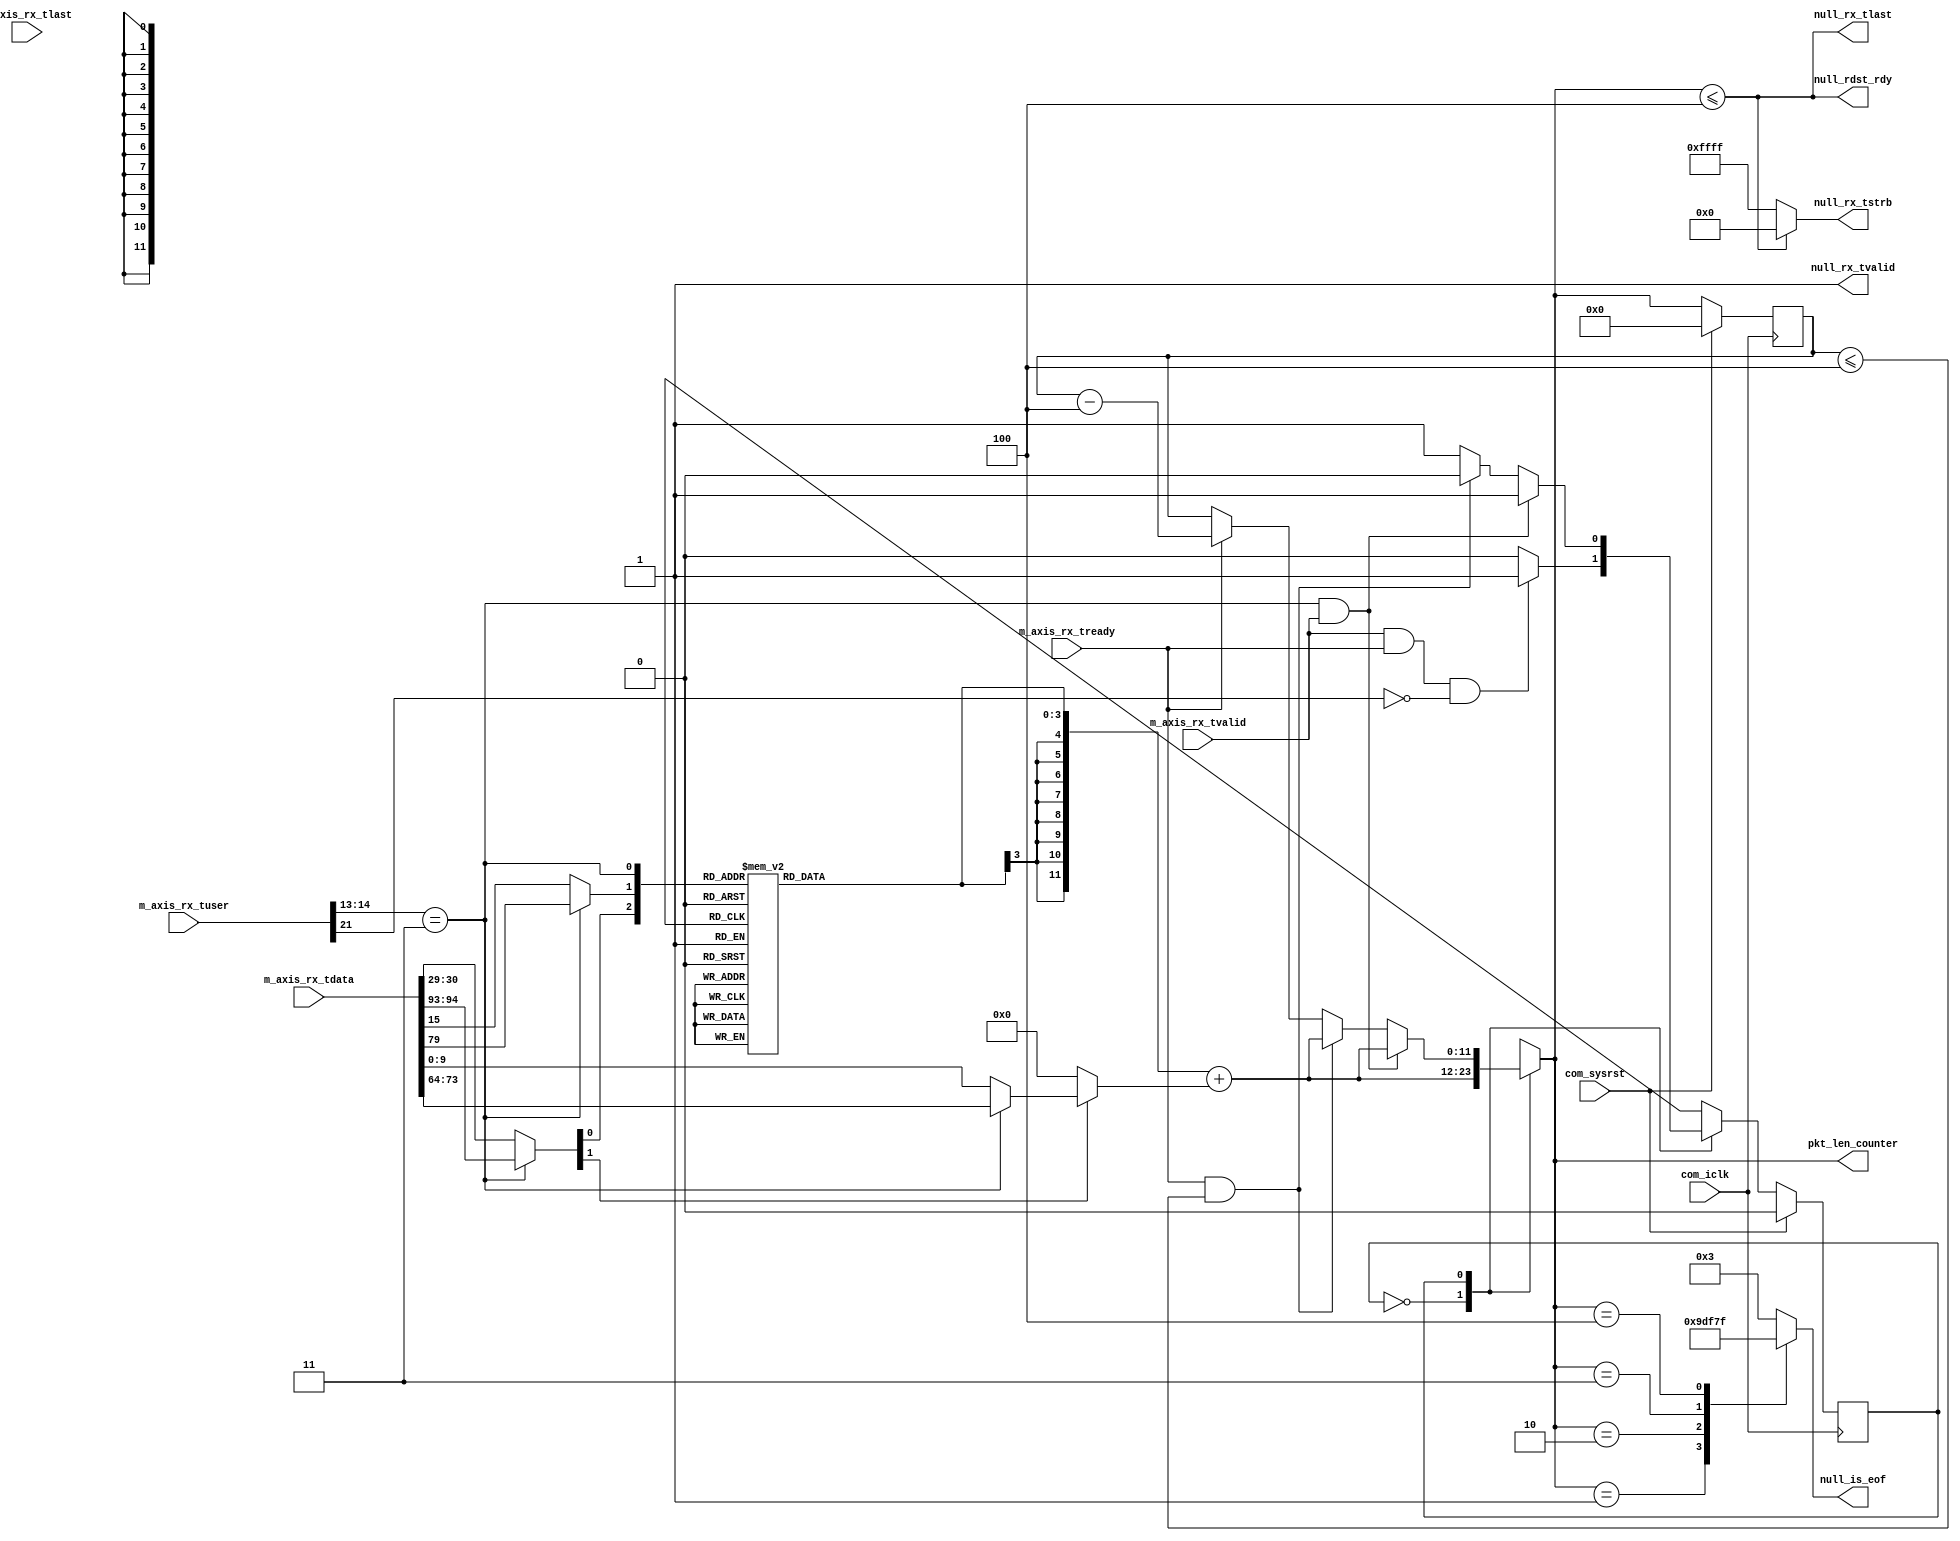
//----------------------------------------------------------------------------//
//                                                                            //
//  Description:                                                              //
//  TRN to AXI RX null generator. Generates null packets for use in           //
//  discontinue situations.                                                   //
//                                                                            //
//  Notes:                                                                    //
//  Optional notes section.                                                   //
//                                                                            //
//  Hierarchical:                                                             //
//    axi_enhanced_top                                                        //
//      axi_enhanced_rx                                                       //
//        axi_enhanced_rx_null_gen                                            //
//                                                                            //
//----------------------------------------------------------------------------//

`timescale 1ps/1ps

module axi_pcie_v1_08_a_axi_enhanced_rx_null_gen # (
  parameter C_DATA_WIDTH = 128,           // RX/TX interface data width
  parameter TCQ = 1,                      // Clock to Q time

  // Do not override parameters below this line
  parameter STRB_WIDTH = C_DATA_WIDTH / 8            // TSTRB width
  ) (

  // AXI RX
  //-----------
  input      [C_DATA_WIDTH-1:0] m_axis_rx_tdata,     // RX data to user
  input                         m_axis_rx_tvalid,    // RX data is valid
  input                         m_axis_rx_tready,    // RX ready for data
  input                         m_axis_rx_tlast,     // RX data is last
  input                  [21:0] m_axis_rx_tuser,     // RX user signals

  // Null Inputs
  //-----------
  output                        null_rx_tvalid,      // NULL generated tvalid
  output                        null_rx_tlast,       // NULL generated tlast
  output       [STRB_WIDTH-1:0] null_rx_tstrb,       // NULL generated tstrb
  output                        null_rdst_rdy,       // NULL generated rdst_rdy
  output reg              [4:0] null_is_eof,         // NULL generated is_eof
  output reg             [11:0] pkt_len_counter,

  // System
  //-----------
  input                         com_iclk,            // user clock from block
  input                         com_sysrst             // user reset from block
);


localparam INTERFACE_WIDTH_DWORDS = (C_DATA_WIDTH == 128) ? 11'd4 :
                                           (C_DATA_WIDTH == 64) ? 11'd2 : 11'd1;

//----------------------------------------------------------------------------//
// NULL packet generator state machine                                        //
// This state machine shadows the AXI RX interface, tracking each packet as   //
// it's passed to the AXI user. When a multi-cycle packet is detected, the    //
// state machine automatically generates a "null" packet. In the event of a   //
// discontinue, the RX pipeline can switch over to this null packet as        //
// necessary.                                                                 //
//----------------------------------------------------------------------------//

// State machine variables and states
localparam            IDLE      = 0;
localparam            IN_PACKET = 1;
reg                   cur_state;
reg                   next_state;

// Signals for tracking a packet on the AXI interface
reg            [11:0] reg_pkt_len_counter;
//reg            [11:0] pkt_len_counter;
wire           [11:0] pkt_len_counter_dec;
wire                  pkt_done;

// Calculate packet fields, which are needed to determine total packet length.
wire           [11:0] new_pkt_len;
wire            [9:0] payload_len;
wire            [1:0] packet_fmt;
wire                  packet_td;
reg             [3:0] packet_overhead;

// Misc.
wire [STRB_WIDTH-1:0] eof_tstrb;
wire                  straddle_sof;
wire                  eof;


// Create signals to detect sof and eof situations. These signals vary depending
// on data width.
assign eof = m_axis_rx_tuser[21];
generate
  if(C_DATA_WIDTH == 128) begin : sof_eof_128
    assign straddle_sof = (m_axis_rx_tuser[14:13] == 2'b11);
  end
  else begin : sof_eof_64_32
    assign straddle_sof = 1'b0;
  end
endgenerate


//----------------------------------------------------------------------------//
// Calculate the length of the packet being presented on the RX interface. To //
// do so, we need the relevent packet fields that impact total packet length. //
// These are:                                                                 //
//   - Header length: obtained from bit 1 of FMT field in 1st DWORD of header //
//   - Payload length: obtained from LENGTH field in 1st DWORD of header      //
//   - TLP digist: obtained from TD field in 1st DWORD of header              //
//   - Current data: the number of bytes that have already been presented     //
//                   on the data interface                                    //
//                                                                            //
// packet length = header + payload + tlp digest - # of DWORDS already        //
//                 transmitted                                                //
//                                                                            //
// packet_overhead is where we calculate everything except payload.           //
//----------------------------------------------------------------------------//
generate
  if(C_DATA_WIDTH == 128) begin : len_calc_128
    assign packet_fmt  = straddle_sof ?
                                m_axis_rx_tdata[94:93] : m_axis_rx_tdata[30:29];
    assign packet_td   = straddle_sof ?
                                      m_axis_rx_tdata[79] : m_axis_rx_tdata[15];
    assign payload_len = packet_fmt[1] ?
         (straddle_sof ? m_axis_rx_tdata[73:64] : m_axis_rx_tdata[9:0]) : 10'h0;

    always @(*) begin
      // In 128-bit mode, the amount of data currently on the interface
      // depends on whether we're straddling or not. If so, 2 DWORDs have been
      // seen. If not, 4 DWORDs.
      case({packet_fmt[0], packet_td, straddle_sof})
        //                        Header +  TD  - Data currently on interface
        3'b0_0_0: packet_overhead = 4'd3 + 4'd0 - 4'd4;
        3'b0_0_1: packet_overhead = 4'd3 + 4'd0 - 4'd2;
        3'b0_1_0: packet_overhead = 4'd3 + 4'd1 - 4'd4;
        3'b0_1_1: packet_overhead = 4'd3 + 4'd1 - 4'd2;
        3'b1_0_0: packet_overhead = 4'd4 + 4'd0 - 4'd4;
        3'b1_0_1: packet_overhead = 4'd4 + 4'd0 - 4'd2;
        3'b1_1_0: packet_overhead = 4'd4 + 4'd1 - 4'd4;
        3'b1_1_1: packet_overhead = 4'd4 + 4'd1 - 4'd2;
      endcase
    end
  end
  else if(C_DATA_WIDTH == 64) begin : len_calc_64
    assign packet_fmt  = m_axis_rx_tdata[30:29];
    assign packet_td   = m_axis_rx_tdata[15];
    assign payload_len = packet_fmt[1] ? m_axis_rx_tdata[9:0] : 10'h0;

    always @(*) begin
      // 64-bit mode: no straddling, so always 2 DWORDs
      case({packet_fmt[0], packet_td})
        //                      Header +  TD  - Data currently on interface
        2'b0_0: packet_overhead = 4'd3 + 4'd0 - 4'd2;
        2'b0_1: packet_overhead = 4'd3 + 4'd1 - 4'd2;
        2'b1_0: packet_overhead = 4'd4 + 4'd0 - 4'd2;
        2'b1_1: packet_overhead = 4'd4 + 4'd1 - 4'd2;
      endcase
    end
  end
  else begin : len_calc_32
    assign packet_fmt  = m_axis_rx_tdata[30:29];
    assign packet_td   = m_axis_rx_tdata[15];
    assign payload_len = packet_fmt[1] ? m_axis_rx_tdata[9:0] : 10'h0;

    always @(*) begin
      // 32-bit mode: no straddling, so always 1 DWORD
      case({packet_fmt[0], packet_td})
        //                      Header +  TD  - Data currently on interface
        2'b0_0: packet_overhead = 4'd3 + 4'd0 - 4'd1;
        2'b0_1: packet_overhead = 4'd3 + 4'd1 - 4'd1;
        2'b1_0: packet_overhead = 4'd4 + 4'd0 - 4'd1;
        2'b1_1: packet_overhead = 4'd4 + 4'd1 - 4'd1;
      endcase
    end
  end
endgenerate

// Now calculate actual packet length, adding the packet overhead and the
// payload length. This is signed math, so sign-extend packet_overhead.
// NOTE: a payload length of zero means 1024 DW in the PCIe spec, but this
//       behavior isn't supported in our block.
assign new_pkt_len =
         {{9{packet_overhead[3]}}, packet_overhead[2:0]} + {2'b0, payload_len};


// Math signals needed in the state machine below. These are seperate wires to
// help ensure synthesis tools sre smart about optimizing them.
assign pkt_len_counter_dec = reg_pkt_len_counter - INTERFACE_WIDTH_DWORDS;
assign pkt_done = (reg_pkt_len_counter <= INTERFACE_WIDTH_DWORDS);

//----------------------------------------------------------------------------//
// Null generator Mealy state machine. Determine outputs based on:            //
//   1) current st                                                            //
//   2) current inp                                                           //
//----------------------------------------------------------------------------//
always @(*) begin
  case (cur_state)

    // IDLE state: the interface is IDLE and we're waiting for a packet to
    // start. If a packet starts, move to state IN_PACKET and begin tracking
    // it as long as it's NOT a single cycle packet (indicated by assertion of
    // eof at packet start)
    IDLE: begin
      if(m_axis_rx_tvalid && m_axis_rx_tready && !eof) begin
        next_state = IN_PACKET;
      end
      else begin
        next_state = IDLE;
      end

      pkt_len_counter = new_pkt_len;
    end

    // IN_PACKET: a mutli-cycle packet is in progress and we're tracking it. We
    // are in lock-step with the AXI interface decrementing our packet length
    // tracking reg, and waiting for the packet to finish.
    //
    // * If packet finished and a new one starts, this is a straddle situation.
    //   Next state is IN_PACKET (128-bit only).
    // * If the current packet is done, next state is IDLE.
    // * Otherwise, next state is IN_PACKET.
    IN_PACKET: begin
      // Straddle packet
      if((C_DATA_WIDTH == 128) && straddle_sof && m_axis_rx_tvalid) begin
        pkt_len_counter = new_pkt_len;
        next_state = IN_PACKET;
      end

      // Current packet finished
      else if(m_axis_rx_tready && pkt_done)
      begin
        pkt_len_counter = new_pkt_len;
        next_state      = IDLE;
      end

      // Packet in progress
      else begin
        if(m_axis_rx_tready) begin
          // Not throttled
          pkt_len_counter = pkt_len_counter_dec;
        end
        else begin
          // Throttled
          pkt_len_counter = reg_pkt_len_counter;
        end

        next_state = IN_PACKET;
      end
    end

    default: begin
      pkt_len_counter = reg_pkt_len_counter;
      next_state      = IDLE;
    end
  endcase
end


// Synchronous NULL packet generator state machine logic
always @(posedge com_iclk) begin
  if(com_sysrst) begin
    cur_state           <= #TCQ IDLE;
    reg_pkt_len_counter <= #TCQ 12'h0;
  end
  else begin
    cur_state           <= #TCQ next_state;
    reg_pkt_len_counter <= #TCQ pkt_len_counter;
  end
end


// Generate TSTRB/is_eof for an end-of-packet situation.
generate
  if(C_DATA_WIDTH == 128) begin : strb_calc_128
    always @(*) begin
      // Assign null_is_eof depending on how many DWORDs are left in the
      // packet.
      case(pkt_len_counter)
        10'd1:   null_is_eof = 5'b10011;
        10'd2:   null_is_eof = 5'b10111;
        10'd3:   null_is_eof = 5'b11011;
        10'd4:   null_is_eof = 5'b11111;
        default: null_is_eof = 5'b00011;
      endcase
    end

    // TSTRB not used in 128-bit interface
    assign eof_tstrb = {STRB_WIDTH{1'b0}};
  end
  else if(C_DATA_WIDTH == 64) begin : strb_calc_64
    always @(*) begin
      // Assign null_is_eof depending on how many DWORDs are left in the
      // packet.
      case(pkt_len_counter)
        10'd1:   null_is_eof = 5'b10011;
        10'd2:   null_is_eof = 5'b10111;
        default: null_is_eof = 5'b00011;
      endcase
    end

    // Assign TSTRB to 0xFF or 0x0F depending on how many DWORDs are left in
    // the current packet.
    assign eof_tstrb = { ((pkt_len_counter == 12'd2) ? 4'hF:4'h0), 4'hF };
  end
  else begin : strb_calc_32
    always @(*) begin
      // is_eof is either on or off for 32-bit
      if(pkt_len_counter == 12'd1) begin
        null_is_eof = 5'b10011;
      end
      else begin
        null_is_eof = 5'b00011;
      end
    end

    // The entire DWORD is always valid in 32-bit mode, so TSTRB is always 0xF
    assign eof_tstrb = 4'hF;
  end
endgenerate


// Finally, use everything we've generated to calculate our NULL outputs
assign null_rx_tvalid = 1'b1;
assign null_rx_tlast  = (pkt_len_counter <= INTERFACE_WIDTH_DWORDS);
assign null_rx_tstrb  = null_rx_tlast ? eof_tstrb : {STRB_WIDTH{1'b1}};
assign null_rdst_rdy  = null_rx_tlast;

endmodule